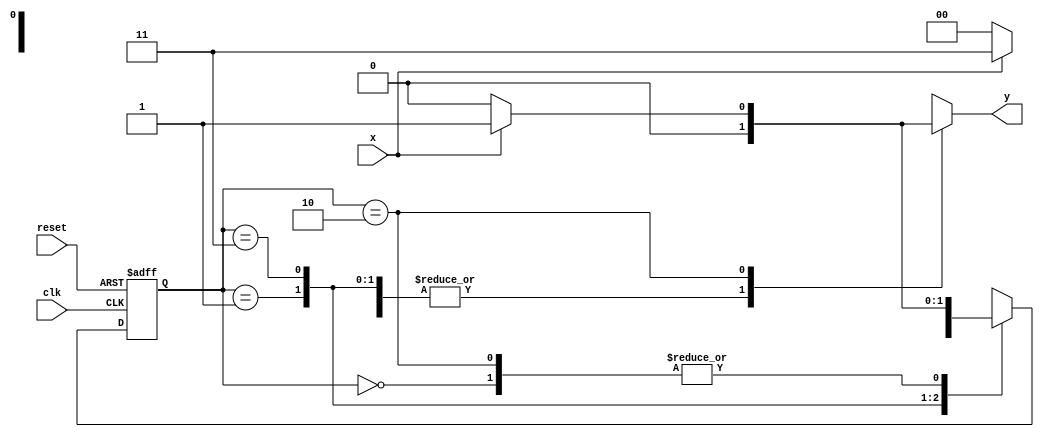
// ---------------------------------------- 
// Mealy1101
// Nome: Alvaro Henrique de Araujo Rungue 
// ----------------------------------------

// -------------- 
// --- Mealy FSM 
// -------------- 
/* 
					Mealy FSM Diagram 
					__________________ 
				/							   \ 
			1 v    1	 	0		        1 | // found 
		[start] ---> [id1] --->   [id11] ---> [id110] 
		   ^ \0    0 |     1 / ^      0 | // not found
			\_/       /      \__/   	  |
		    \_______/					    / 
			  \                        / 
			   \______________________/ 
*/ 


//-- constant definitions 
`define found 1 
`define notfound 0 

//-- FSM by Mealy 

module mealy1101 ( y, x, clk, reset ); 
output y; 
input x; 
input clk; 
input reset; 
reg y; 

parameter //-- state identifiers 
start = 2'b00, 
id1 = 2'b01, 
id11 = 2'b11, 
id110 = 2'b10; 

reg [1:0] E1; //-- current state variables 
reg [1:0] E2; //-- next state logic output 

//-- next state logic 

always @( x or E1 ) 

begin 
	y = `notfound; 

case ( E1 ) 
	start: 

if ( x ) 
	E2 = id1; 

else 
	E2 = start; 
	id1: 

if ( x ) 
	E2 = id11; 

else 
	E2 = start; 
	id11: 

if ( x ) 
	E2 = id11; 

else 
	E2 = id110; 
	id110: 

if ( x ) 

begin 
	E2 = id1; 
	y = `found; 
end 

else 
	begin 
	E2 = start; 
	y = `notfound; 
end 

default: //-- undefined state 

E2 = 2'bxx; 

endcase 

end //-- always at signal or state changing 
//-- state variables 

always @( posedge clk or negedge reset ) 

	begin 
if ( reset ) 
	E1 = E2; //-- updates current state 
else 
	E1 = 0; //-- reset 
	end // always at signal changing 

endmodule //-- mealy1101